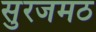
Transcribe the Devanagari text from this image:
सुरजमठ